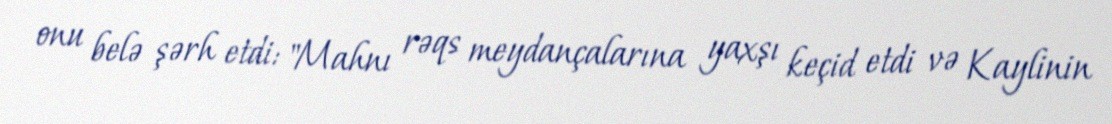
onu belə şərh etdi: "Mahnı rəqs meydançalarına yaxşı keçid etdi və Kaylinin